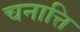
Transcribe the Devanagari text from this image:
चनात्ति